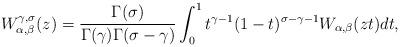
LaTeX: \begin{align*}W_{\alpha,\beta}^{\gamma,\sigma}(z)=\frac{\Gamma(\sigma)}{\Gamma(\gamma)\Gamma(\sigma-\gamma)}\int_0^1 t^{\gamma-1}(1-t)^{\sigma-\gamma-1}W_{\alpha,\beta}(zt)dt,\end{align*}